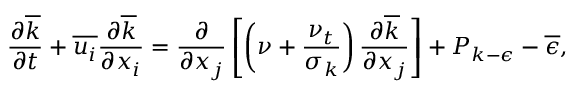
\frac { \partial \overline { { k } } } { \partial t } + \overline { { u _ { i } } } \frac { \partial \overline { { k } } } { \partial x _ { i } } = \frac { \partial } { \partial x _ { j } } \left[ \left( \nu + \frac { \nu _ { t } } { \sigma _ { k } } \right) \frac { \partial \overline { { k } } } { \partial x _ { j } } \right] + P _ { k - \epsilon } - \overline { { \epsilon } } ,